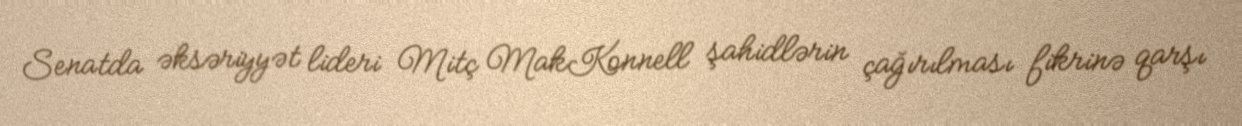
Senatda əksəriyyət lideri Mitç MakKonnell şahidlərin çağırılması fikrinə qarşı